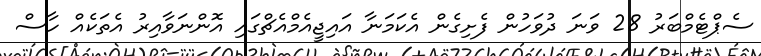
ސެޕްޓެމްބަރު 28 ވަނަ ދުވަހުން ފެށިގެން އެކަމަނާ އައިޖީއެމްއެޗްގައި އޮންނަވާއިރު އެތަކެއް ހާސް